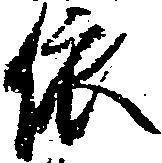
依